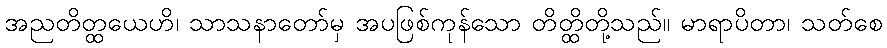
အညတိတ္ထယေဟိ၊ သာသနာတော်မှ အပဖြစ်ကုန်သော တိတ္ထိတို့သည်။ မာရာပိတာ၊ သတ်စေ